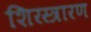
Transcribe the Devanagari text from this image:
शिरस्त्रारण